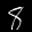
Label: 8